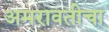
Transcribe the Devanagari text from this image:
अमरावतीचा